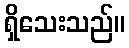
ရှိသေးသည်။